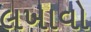
લખાવો